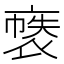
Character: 𲀶